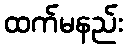
ထက်မနည်း